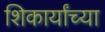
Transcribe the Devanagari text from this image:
शिकार्यांच्या